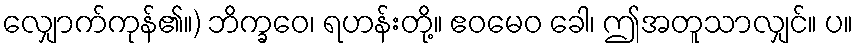
လျှောက်ကုန်၏။) ဘိက္ခဝေ၊ ရဟန်းတို့။ ဧဝမေဝ ခေါ၊ ဤအတူသာလျှင်။ ပ။